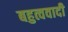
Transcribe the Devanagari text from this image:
बहुत्ववादी